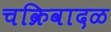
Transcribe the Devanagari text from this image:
चक्रिवादळ